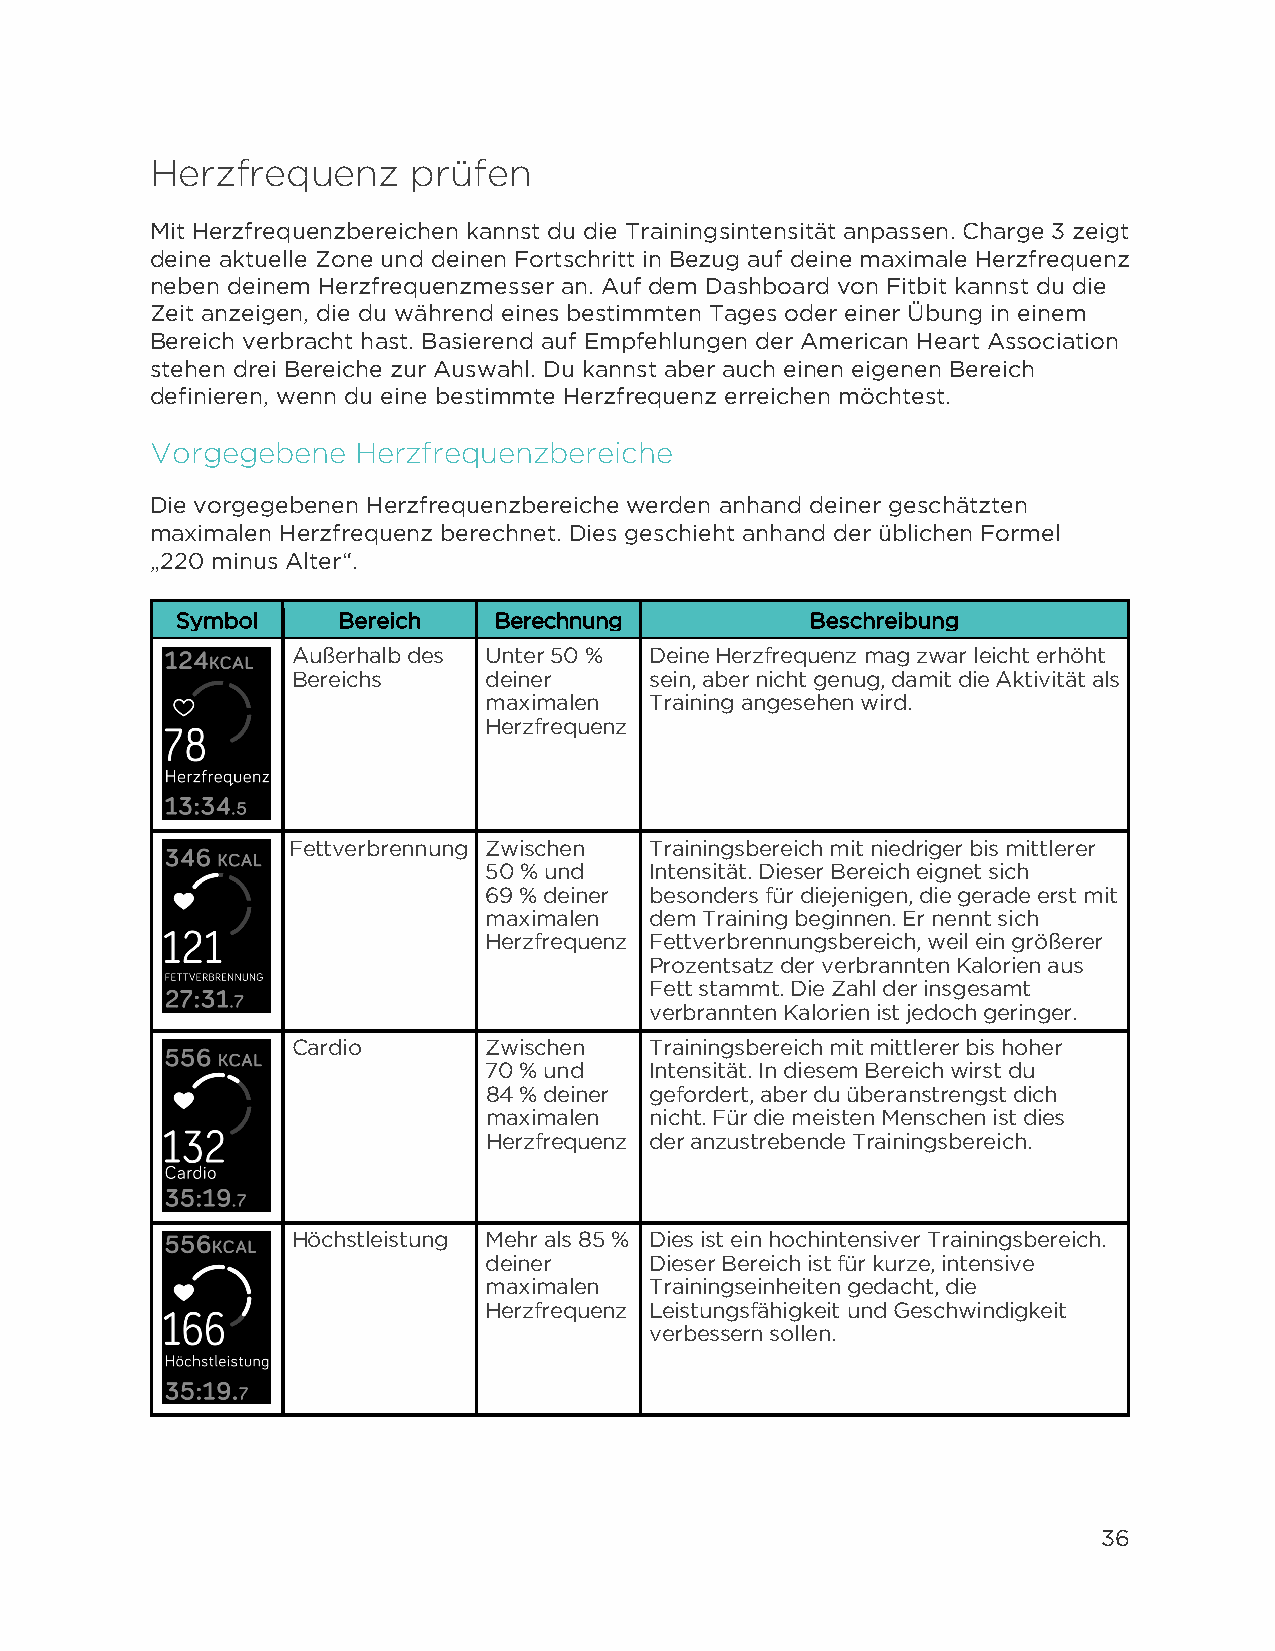
Herzfrequenz     prüfen
 Mit Herzfrequenzbereichen kannst du die Trainingsintensität anpassen. Charge 3 zeigt
 deine aktuelle Zone und deinen Fortschritt in Bezug auf deine maximale Herzfrequenz
 neben deinem Herzfrequenzmesser an. Auf dem Dashboard von Fitbit kannst du die
 Zeit anzeigen, die du während eines bestimmten Tages oder einer Übung in einem
 Bereich verbracht hast. Basierend auf Empfehlungen der American Heart Association
 stehen drei Bereiche zur Auswahl. Du kannst aber auch einen eigenen Bereich
 definieren, wenn du eine bestimmte Herzfrequenz erreichen möchtest.
 Vorgegebene   Herzfrequenzbereiche
 Die vorgegebenen Herzfrequenzbereiche werden anhand deiner geschätzten
 maximalen Herzfrequenz berechnet. Dies geschieht anhand der üblichen Formel
 „220 minus Alter“.
 Symbol    Bereich    Berechnung           Beschreibung
 Außerhalb des Unter 50 % Deine Herzfrequenz mag zwar leicht erhöht
 Bereichs     deiner     sein, aber nicht genug, damit die Aktivität als
 maximalen  Training angesehen wird.
 Herzfrequenz
 Fettverbrennung Zwischen Trainingsbereich mit niedriger bis mittlerer
 50 % und   Intensität. Dieser Bereich eignet sich
 69 % deiner besonders für diejenigen, die gerade erst mit
 maximalen  dem Training beginnen. Er nennt sich
 Herzfrequenz Fettverbrennungsbereich, weil ein größerer
 Prozentsatz der verbrannten Kalorien aus
 Fett stammt. Die Zahl der insgesamt
 verbrannten Kalorien ist jedoch geringer.
 Cardio       Zwischen   Trainingsbereich mit mittlerer bis hoher
 70 % und   Intensität. In diesem Bereich wirst du
 84 % deiner gefordert, aber du überanstrengst dich
 maximalen  nicht. Für die meisten Menschen ist dies
 Herzfrequenz der anzustrebende Trainingsbereich.
 Höchstleistung Mehr als 85 % Dies ist ein hochintensiver Trainingsbereich.
 deiner     Dieser Bereich ist für kurze, intensive
 maximalen  Trainingseinheiten gedacht, die
 Herzfrequenz Leistungsfähigkeit und Geschwindigkeit
 verbessern sollen.
 36